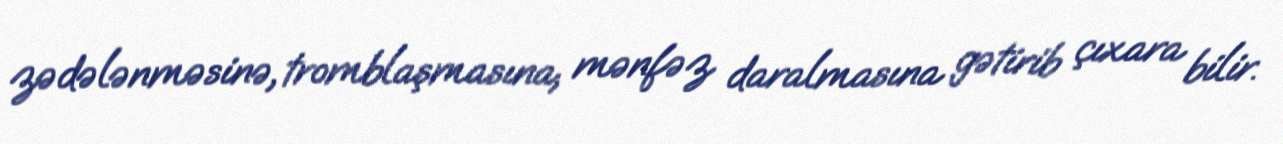
zədələnməsinə, tromblaşmasına, mənfəz daralmasına gətirib çıxara bilir.